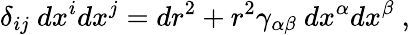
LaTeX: \delta_{ij}~dx^{i}dx^{j}=dr^{2}+r^{2}\gamma_{\alpha\beta}~dx^{\alpha}dx^{\beta}~,